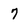
Character: 7